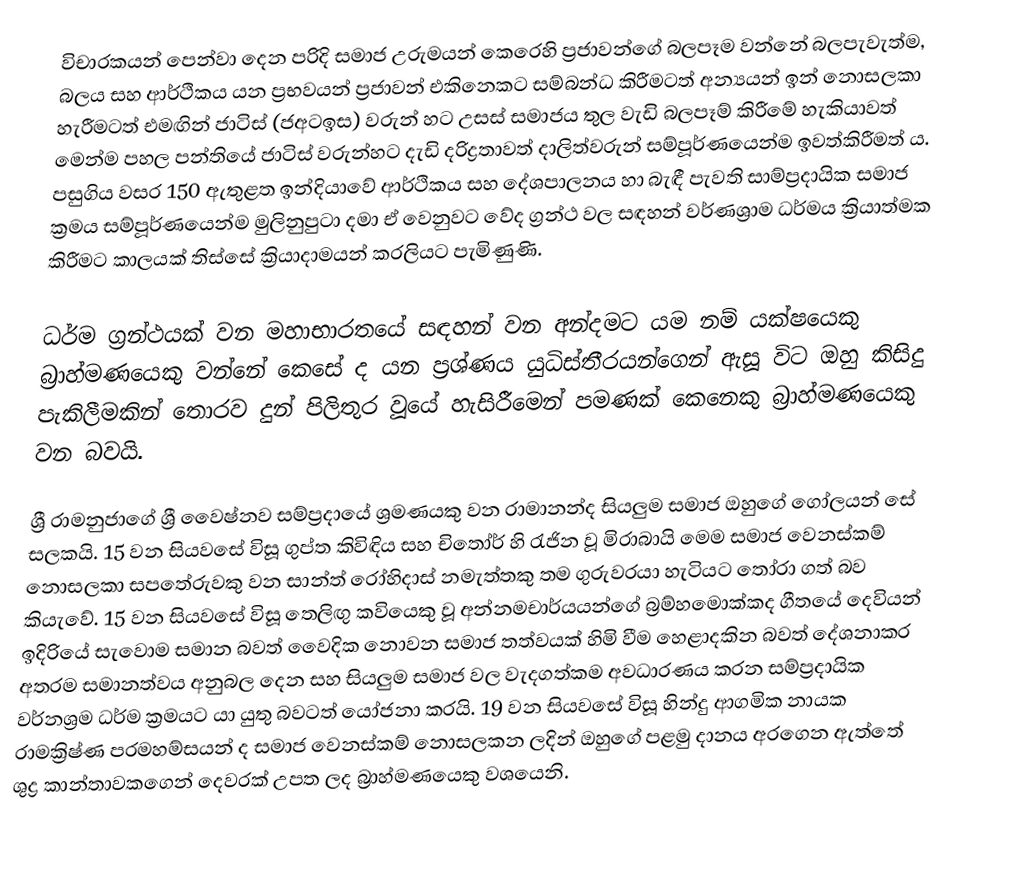
විචාරකයන් පෙන්වා දෙන පරිදි සමාජ උරුමයන් කෙරෙහි ප්‍රජාවන්ගේ බලපෑම වන්නේ බලපැවැත්ම, බලය සහ ආර්ථිකය යන ප්‍රභවයන් ප්‍රජාවන් එකිනෙකට සම්බන්ධ කිරීමටත් අන්‍යයන් ඉන් නොසලකා හැරීමටත් එමඟින් ජාටිස් (ජඅටඉස) වරුන් හට උසස් සමාජය තුල වැඩි බලපෑම් කිරීමේ හැකියාවත් මෙන්ම පහල පන්තියේ ජාටිස් වරුන්හට දැඩි දරිද්‍රතාවත් දාලිත්වරුන් සම්පූර්ණයෙන්ම ඉවත්කිරීමත් ය. පසුගිය වසර 150 ඇතුළත ඉන්දියාවේ ආර්ථිකය සහ දේශපාලනය හා බැඳී පැවති සාම්ප්‍රදායික සමාජ ක්‍රමය සම්පූර්ණයෙන්ම මුලිනුපුටා දමා ඒ වෙනුවට වේද ග්‍රන්ථ වල සඳහන් වර්ණශ්‍රාම ධර්මය ක්‍රියාත්මක කිරීමට කාලයක් තිස්සේ ක්‍රියාදාමයන් කරලියට පැමිණුණි.

ධර්ම ග්‍රන්ථයක් වන මහාභාරතයේ සඳහන් වන අන්දමට යම නම් යක්ෂයෙකු බ්‍රාහ්මණයෙකු වන්නේ කෙසේ ද යන ප්‍රශ්ණය යුධිස්තීරයන්ගෙන් ඇසූ විට ඔහු කිසිදු පැකිලීමකින් තොරව දුන් පිලිතුර වූයේ හැසිරීමෙන් පමණක් කෙනෙකු බ්‍රාහ්මණයෙකු වන බවයි.

ශ්‍රී රාමනුජාගේ ශ්‍රී වෛෂ්නව සම්ප්‍රදායේ ශ්‍රමණයකු වන රාමානන්ද සියලුම සමාජ ඔහුගේ ගෝලයන් සේ සලකයි. 15 වන සියවසේ විසූ ගුප්ත කිවිඳිය සහ චිතෝර් හි රැජින වූ මිරාබායි මෙම සමාජ වෙනස්කම් නොසලකා සපතේරුවකු වන සාන්ත් රෝහිදාස් නමැත්තකු තම ගුරුවරයා හැටියට තෝරා ගත් බව කියැවේ. 15 වන සියවසේ විසූ තෙලිඟු කවියෙකු වූ අන්නමචාර්යයන්ගේ බ්‍රම්හමොක්කද ගීතයේ දෙවියන් ඉදිරියේ සැවොම සමාන බවත් වෛදික නොවන සමාජ තත්වයක් හිමි වීම හෙළාදකින බවත් දේශනාකර අතරම සමානත්වය අනුබල දෙන සහ සියලුම සමාජ වල වැදගත්කම අවධාරණය කරන සම්ප්‍රදායික වර්නශ්‍රම ධර්ම ක්‍රමයට යා යුතු බවටත් යෝජනා කරයි. 19 වන සියවසේ විසූ හින්දු ආගමික නායක රාමක්‍රිෂ්ණ පරමහම්සයන් ද සමාජ වෙනස්කම් නොසලකන ලදින් ඔහුගේ පළමු දානය අරගෙන ඇත්තේ ශුද්‍ර කාන්තාවකගෙන් දෙවරක් උපත ලද බ්‍රාහ්මණයෙකු වශයෙනි.